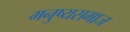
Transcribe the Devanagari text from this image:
मनुष्यसमाज